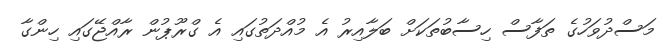
މަސްދުވަހުގެ ތަފާސް ހިސާބުތަކަށް ބަލާއިރު އެ މުއްދަތުގައި އެ ގްރޫޕުން ރާއްޖޭގައި ހިންގާ